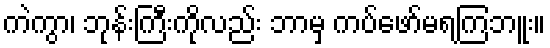
ကဲကွာ၊ ဘုန်းကြီးကိုလည်း ဘာမှ ကပ်ဖော်မရကြဘူး။